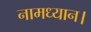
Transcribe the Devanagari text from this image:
नामध्यान।